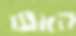
האש